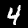
Label: 4